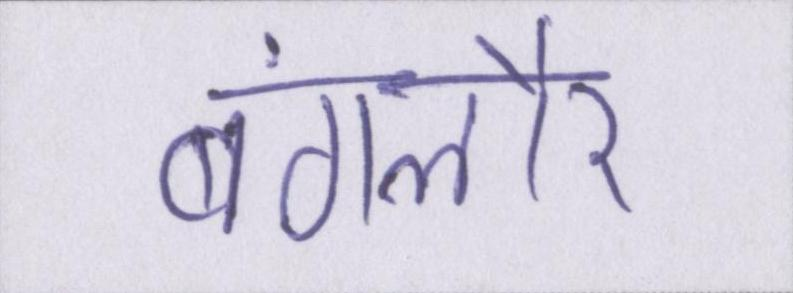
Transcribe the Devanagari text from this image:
बंगलौर